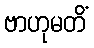
ဗာဟုမတိံ